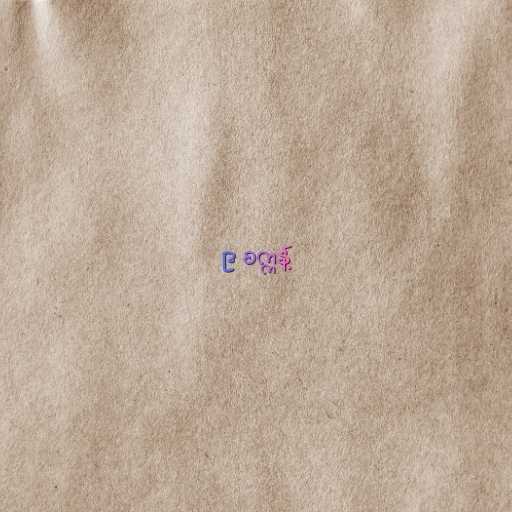
၉ စက္ကန့်